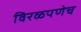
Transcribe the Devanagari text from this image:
विरळपणेच